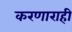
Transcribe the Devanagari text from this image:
करणाराही